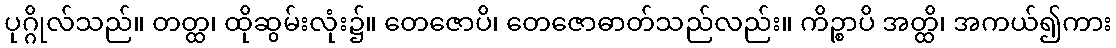
ပုဂ္ဂိုလ်သည်။ တတ္ထ၊ ထိုဆွမ်းလုံး၌။ တေဇောပိ၊ တေဇောဓာတ်သည်လည်း။ ကိဉ္စာပိ အတ္ထိ၊ အကယ်၍ကား